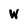
Character: W